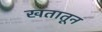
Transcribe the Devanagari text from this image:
खतातून